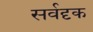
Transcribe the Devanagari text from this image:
सर्वदृक